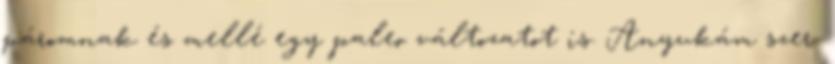
páromnak és mellé egy paleo változatot is. Anyukám szer.